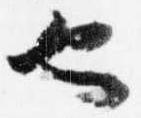
也